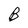
Character: B